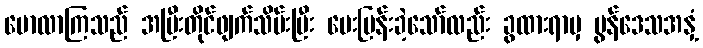
မောလာကြသည် အပြီးတိုင်ဖျက်သိမ်းပြီး မေးမြန်းခဲ့သော်လည်း ခွထားရာမှ မွန်ဒေသအနှံ့